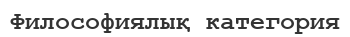
Философиялық категория